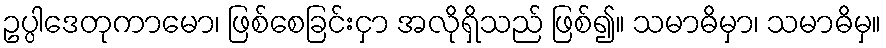
ဥပ္ပါဒေတုကာမော၊ ဖြစ်စေခြင်းငှာ အလိုရှိသည် ဖြစ်၍။ သမာဓိမှာ၊ သမာဓိမှ။